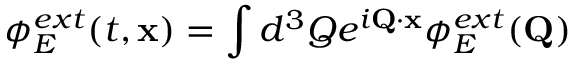
\phi _ { E } ^ { e x t } ( t , { \bf x } ) = \int d ^ { 3 } Q e ^ { i { \bf Q } \cdot { \bf x } } \phi _ { E } ^ { e x t } ( { \bf Q } )